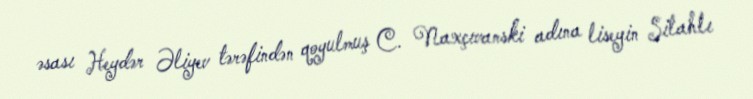
əsası Heydər Əliyev tərəfindən qoyulmuş C. Naxçıvanski adına liseyin Silahlı